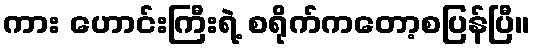
ကား ဟောင်းကြီးရဲ့ စရိုက်ကတော့စပြန်ပြီ။